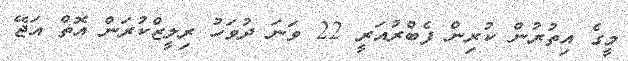
މީގެ އިތުރުން ކުރިން ފެބްރުއަރީ 22 ވަނަ ދުވަހު ރިލީޒްކުރަން އޮތް އަޖޭ